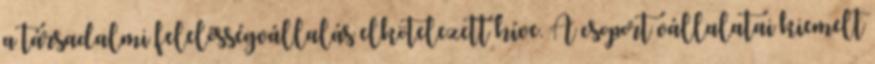
a társadalmi felelősségvállalás elkötelezett híve. A csoport vállalatai kiemelt